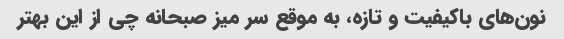
نون‌های باکیفیت و تازه، به موقع سر میز صبحانه چی از این بهتر